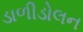
ડાળીડોલન